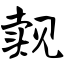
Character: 觌